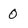
Character: 0